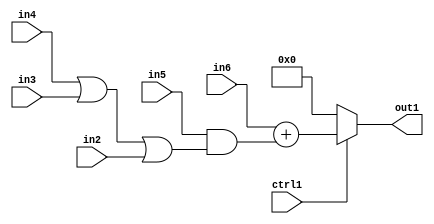
`timescale 1ps / 1ps
/*****************************************************************************
    Verilog RTL Description
    
    
    Created by: Stratus DpOpt 2019.1.01 
*******************************************************************************/

module fix2float_MuxAdd2And2Or3u1u1u1u1s23i0u1_1 (
	in6,
	in5,
	in4,
	in3,
	in2,
	ctrl1,
	out1
	); /* architecture "behavioural" */ 
input [22:0] in6;
input  in5,
	in4,
	in3,
	in2,
	ctrl1;
output [22:0] out1;
wire [22:0] asc001,
	asc003;
wire  asc004,
	asc005;

assign asc005 = 
	(in4)
	|(in3)
	|(in2);

assign asc004 = 
	(in5)
	&(asc005);

assign asc003 = 
	+(in6)
	+(asc004);

reg [22:0] asc001_tmp_0;
assign asc001 = asc001_tmp_0;
always @ (ctrl1 or asc003) begin
	case (ctrl1)
		1'B1 : asc001_tmp_0 = asc003 ;
		default : asc001_tmp_0 = 23'B00000000000000000000000 ;
	endcase
end

assign out1 = asc001;
endmodule

/* CADENCE  vrjzTAE= : u9/ySgnWtBlWxVPRXgAZ4Og= ** DO NOT EDIT THIS LINE ******/